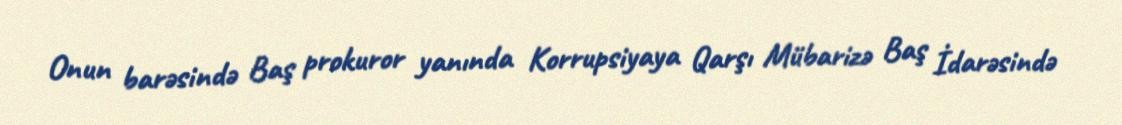
Onun barəsində Baş prokuror yanında Korrupsiyaya Qarşı Mübarizə Baş İdarəsində